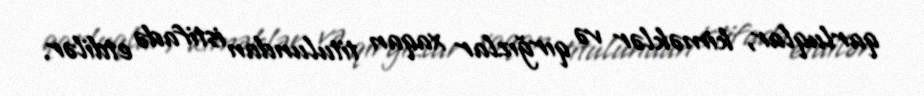
qarluqlar, kiməklər və qırğızlar xaqan titulundan istifadə etdilər.